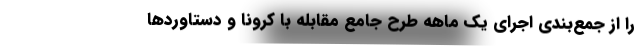
را از جمع‌بندی اجرای یک ماهه طرح جامع مقابله با کرونا و دستاوردها